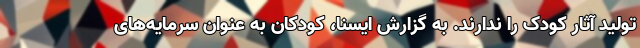
تولید آثار کودک را ندارند. به گزارش ایسنا، کودکان به عنوان سرمایه‌های